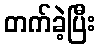
တက်ခဲ့ပြီး